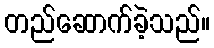
တည်ဆောက်ခဲ့သည်။